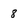
Character: 8